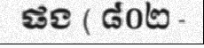
ផង ( ៨០២ -